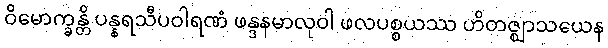
ဝိမောက္ခန္တိ ပန္နရသီပဝါရဏံ ဖန္ဒနမာလုဝါ ဖလပစ္စယဿ ဟိတဇ္ဈာသယေန